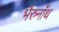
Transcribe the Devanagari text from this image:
भैरुनाँथ